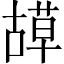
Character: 𦹯